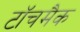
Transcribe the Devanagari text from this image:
टॉचमैक